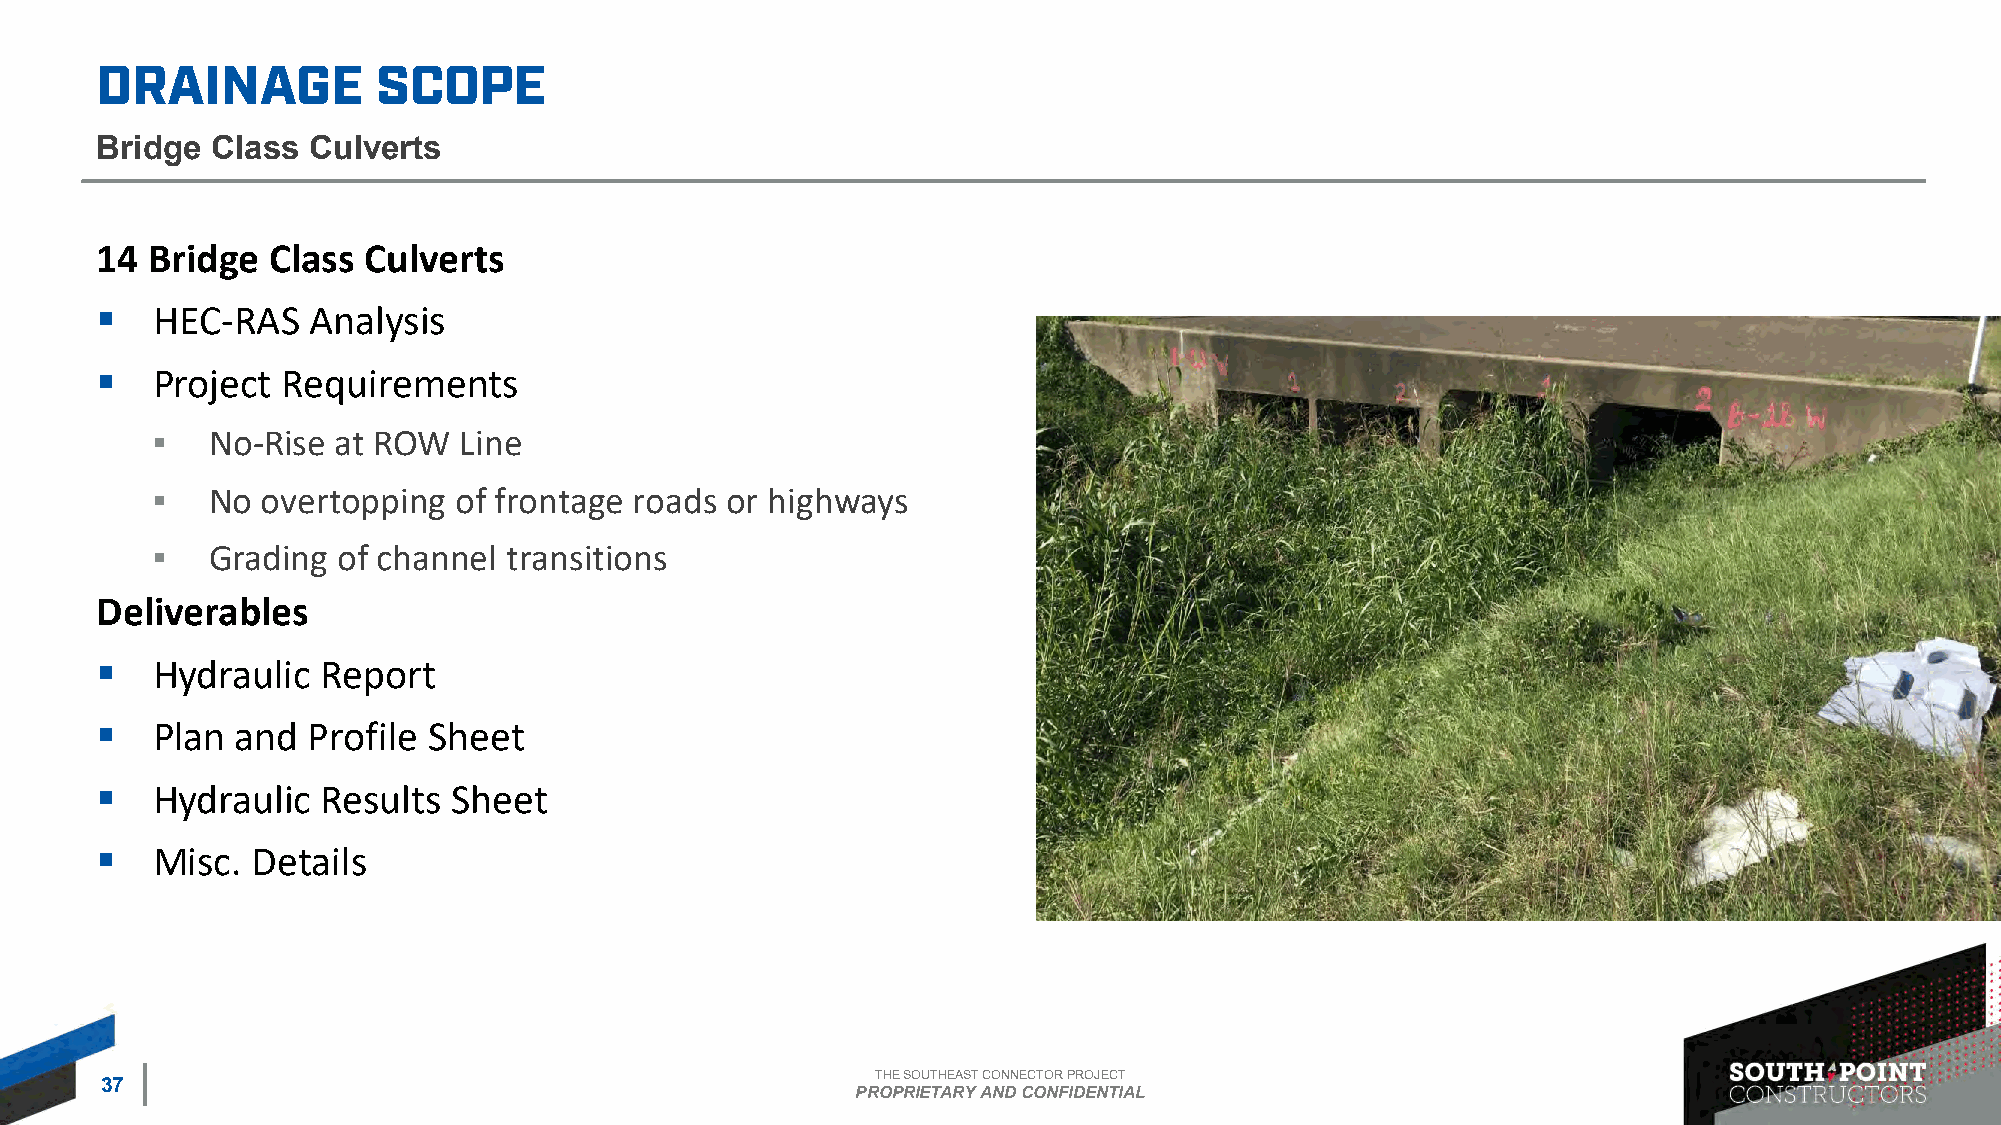
Bridge  Class Culverts
 14  Bridge  Class Culverts
 ▪   HEC-RAS   Analysis
 ▪   Project  Requirements
 ▪   No-Rise at ROW  Line
 ▪   No overtopping  of frontage roads or highways
 ▪   Grading of channel  transitions
 Deliverables
 ▪   Hydraulic  Report
 ▪   Plan  and Profile Sheet
 ▪   Hydraulic  Results  Sheet
 ▪   Misc.  Details
 THE SOUTHEAST CONNECTOR PROJECT
 37
 PROPRIETARY AND CONFIDENTIAL